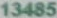
13485